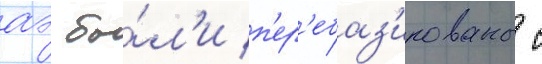
аэ бы́л'и п'ер'ебаз'ированы с